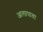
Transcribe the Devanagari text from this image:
आलापाता